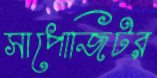
সাপোজিটর